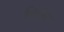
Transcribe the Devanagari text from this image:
सियेट